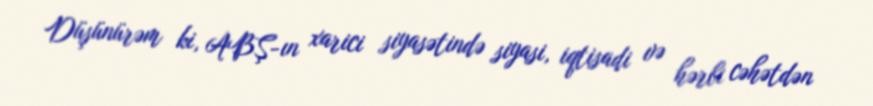
Düşünürəm ki, ABŞ-ın xarici siyasətində siyasi, iqtisadi və hərbi cəhətdən